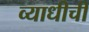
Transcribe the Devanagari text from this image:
व्याधीची